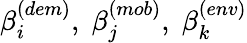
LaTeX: \beta_{i}^{(dem)},\; \beta_{j}^{(mob)},\; \beta_{k}^{(env)}